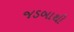
જડબાથી